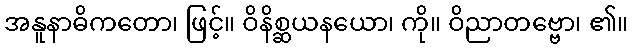
အနူနာဓိကတော၊ ဖြင့်။ ဝိနိစ္ဆယနယော၊ ကို။ ဝိညာတဗ္ဗော၊ ၏။